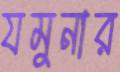
যমুনার